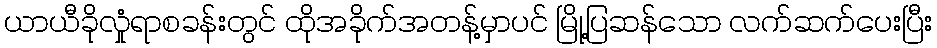
ယာယီခိုလှုံရာစခန်းတွင် ထိုအခိုက်အတန့်မှာပင် မြို့ပြဆန်သော လက်ဆက်ပေးပြီး